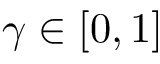
\gamma \in [ 0 , 1 ]